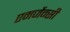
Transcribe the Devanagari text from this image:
एमर्जेन्सी